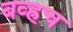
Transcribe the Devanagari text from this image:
बव्ह्रच